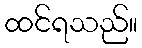
ထင်ရသည်။